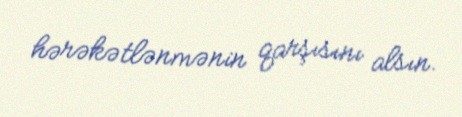
hərəkətlənmənin qarşısını alsın.